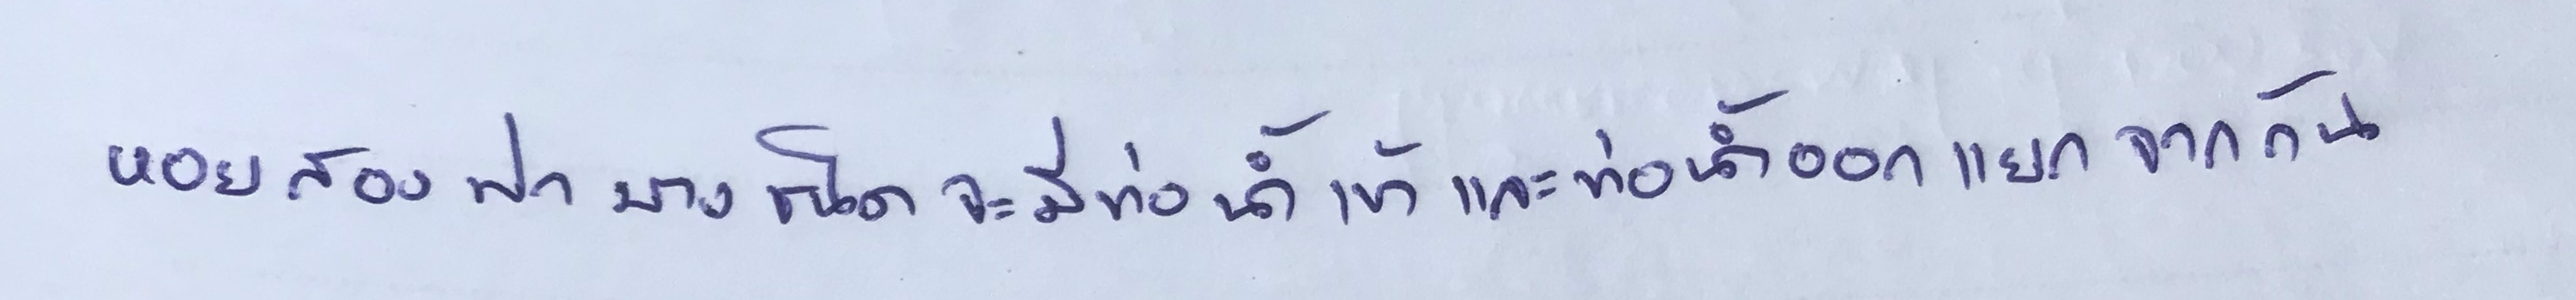
หอยสองฝาบางชนิดจะมีท่อน้ำเข้าและท่อน้ำออกแยกจากกัน